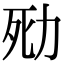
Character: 㱝